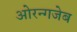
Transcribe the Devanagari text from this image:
ओरन्गजेब